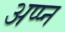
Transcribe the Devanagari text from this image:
अप्प्न